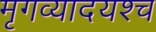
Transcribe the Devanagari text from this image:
मृगव्यादयश्च